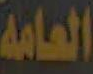
العامه